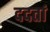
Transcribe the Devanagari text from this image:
ददतां